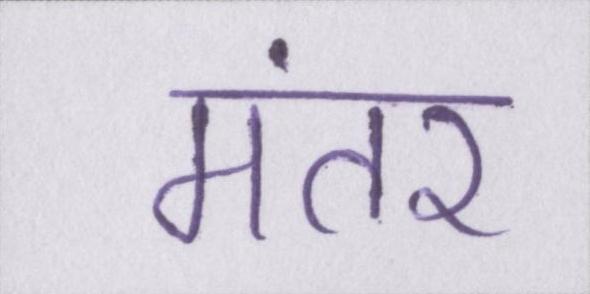
मंतर